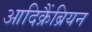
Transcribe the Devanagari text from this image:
आदिक्रैंब्रियन